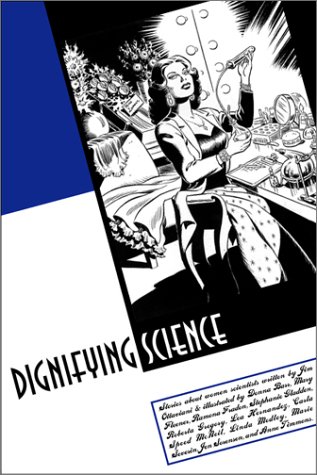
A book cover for Dignifying Science; Jim Ottaviani; Humor & Entertainment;